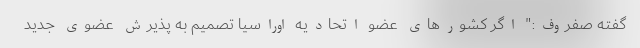
گفته صفروف:" اگر کشورهای عضو اتحادیه اوراسیا تصمیم به پذیرش عضوی جدید